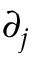
\partial _ { j }